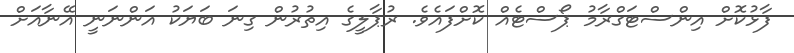
ފާޅުކޮށް އިންސްޓަގްރާމު ޕޯސްޓެއް ކޮށްފައެވެ. ރުޕާލީގެ އިތުރުން ގިނަ ބަޔަކު އަންނަނީ އޭނާއަށް